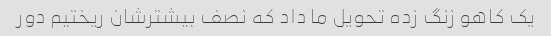
یک کاهو زنگ زده تحویل ما داد که نصف بیشترشان ریختیم دور